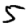
Digit: 5